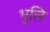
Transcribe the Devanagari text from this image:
भुलि